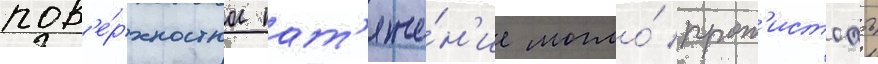
пов'е́рхностное нат'яже́н'ие могло́ прот'истоать